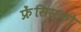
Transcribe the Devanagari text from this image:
फ्रेंसिस्‍को